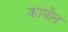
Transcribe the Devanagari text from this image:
कायोन